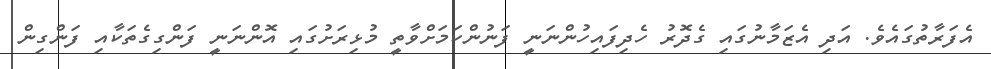
އެފަރާތުގައެވެ. އަދި އެޒަމާނުގައި ގެދޮރު ހެދިފައިހުންނަނީ ފަނުންކަމަށްވާތީ މުޅިރަށުގައި އޮންނަނީ ފަންގިގެތަކާއި ފަންގިން